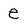
Character: e